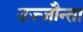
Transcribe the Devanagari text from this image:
उज्‍जौन्ता